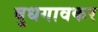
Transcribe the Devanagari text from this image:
बुधगावकर